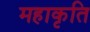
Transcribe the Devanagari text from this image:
महाकृति